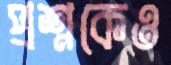
প্রশ্নকেও